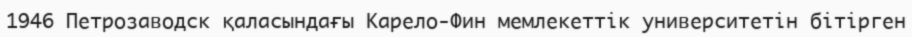
1946 Петрозаводск қаласындағы Карело-Фин мемлекеттік университетін бітірген